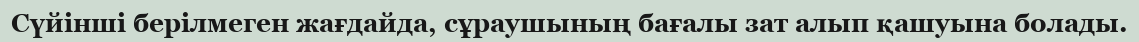
Сүйінші берілмеген жағдайда, сұраушының бағалы зат алып қашуына болады.